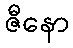
ဇီနော